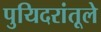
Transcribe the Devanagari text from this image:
पुयिदरांतूले